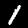
Label: 1